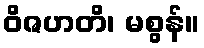
ဝိဇဟတိ၊ မစွန်။